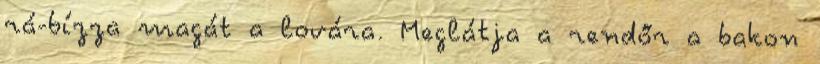
rá-bízza magát a lovára. Meglátja a rendőr a bakon